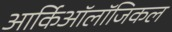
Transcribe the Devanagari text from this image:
आर्किऑलॉजिकल